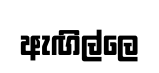
ඇඟිල්ලෙ